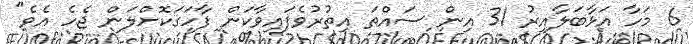
6 މަހާ އަޅާބަލާއިރު 31 އިން ސައްތަ އިތުރުވެފައިވާކަން ފާހަގަކޮށްލަން ޖެހެ އެވެ"